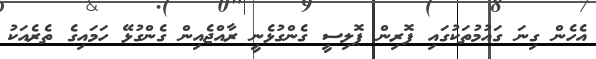
އެހެން ގިނަ ގައުމުތަކުގައި ފޮރިން ޕޮލިސީ ގެންގުޅެނީ ރާއްޖެއިން ގެންގުޅޭ ހަމައިގެ ތެރެއަކު